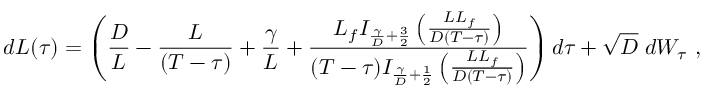
d L ( \tau ) = \left( \frac { D } { L } - \frac { L } { ( T - \tau ) } + \frac { \gamma } { L } + \frac { L _ { f } I _ { \frac { \gamma } { D } + \frac { 3 } { 2 } } \left( \frac { L L _ { f } } { D ( T - \tau ) } \right) } { ( T - \tau ) I _ { \frac { \gamma } { D } + \frac { 1 } { 2 } } \left( \frac { L L _ { f } } { D ( T - \tau ) } \right) } \right) d \tau + \sqrt { D } \; d W _ { \tau } \ ,